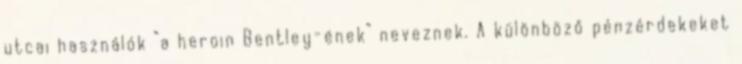
utcai használók “a heroin Bentley-ének” neveznek. A különböző pénzérdekeket